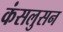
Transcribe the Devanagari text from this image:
कंसलुसन